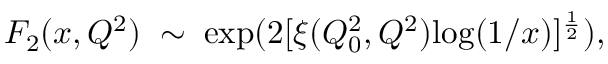
F _ { 2 } ( x , Q ^ { 2 } ) \; \sim \; \mathrm { e x p } ( 2 [ \xi ( Q _ { 0 } ^ { 2 } , Q ^ { 2 } ) \mathrm { l o g } ( 1 / x ) ] ^ { \frac { 1 } { 2 } } ) ,